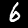
Digit: 6